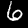
Label: 6